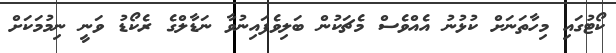
ކޯޓުގައި މިހާތަނަށް ކުޅުނު އެއްވެސް މެޗަކުން ބަލިވެފައިނުވާ ނަޑާލްގެ ރެކޯޑު ވަނީ ނިމުމަކަށް